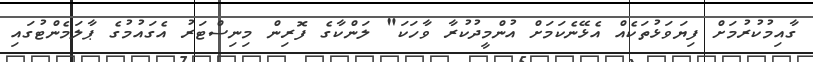
ގާއިމުކުރުމަށް ފިޔަވަޅުތަކެއް އެޅޭނެކަމަށް އުންމީދުކުރާ ވާހަކަ" ލަންކާގެ ފޮރިން މިނިސްޓަރު އެގައުމުގެ ޕާލަމެންޓުގައި